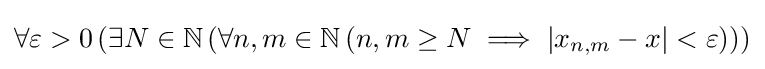
\forall \varepsilon >0\left(\exists N\in \mathbb {N} \left(\forall n,m\in \mathbb {N} \left(n,m\geq N\implies |x_{n,m}-x|<\varepsilon \right)\right)\right)